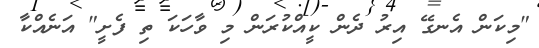
"މިކަން އެނގޭ އިރު ދެން ކީއްކުރަން މި ވާހަކަ ތި ފެށީ" އަނެއްކާ